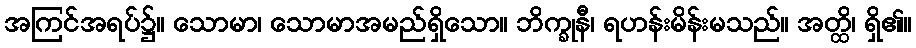
အကြင်အရပ်၌။ သောမာ၊ သောမာအမည်ရှိသော။ ဘိက္ခုနီ၊ ရဟန်းမိန်းမသည်။ အတ္ထိ၊ ရှိ၏။